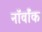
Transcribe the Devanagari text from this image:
नॉर्वॉक